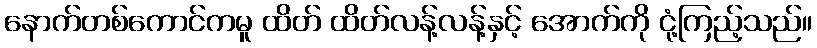
နောက်တစ်ကောင်ကမူ ထိတ် ထိတ်လန့်လန့်နှင့် အောက်ကို ငုံ့ကြည့်သည်။